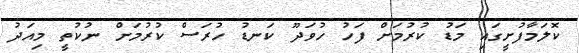
ކޮލަމާފުށީގައި މަޑު ކުރުމަށް ފަހު ހުވަދޫ ކަނޑު ހުރަސް ކުރުމަށް ނުކުތީ މިއަދު